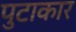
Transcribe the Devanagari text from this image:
पुटाकार